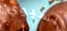
آسيوي